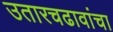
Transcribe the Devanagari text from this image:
उतारचढावांचा